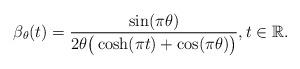
LaTeX: \begin{align*} \beta_\theta(t) = \frac{\sin(\pi\theta)}{2\theta\big(\cosh(\pi t)+\cos(\pi\theta)\big)},t\in\mathbb{R}.\end{align*}